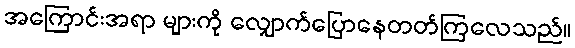
အကြောင်းအရာ များကို လျှောက်ပြောနေတတ်ကြလေသည်။